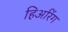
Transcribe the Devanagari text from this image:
हिअरिंग